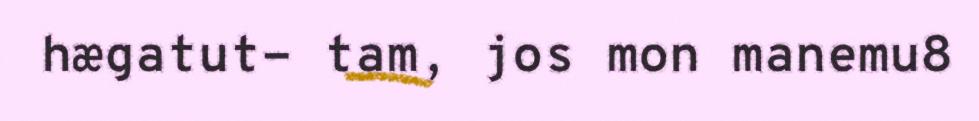
hægatut- tam, jos mon manemu8